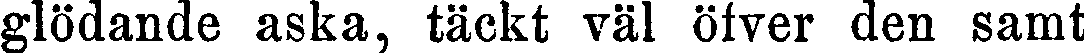
glödande aska, täckt väl öfver den samt